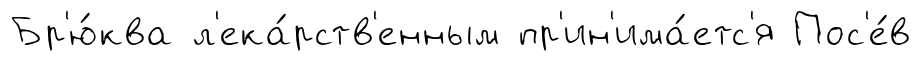
Бр'ю́ква л'ека́рств'енным пр'ин'има́етс'я Пос'е́в